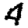
Digit: 4